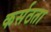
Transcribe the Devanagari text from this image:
कर्सठता